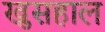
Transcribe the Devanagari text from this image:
खुसहाल